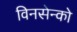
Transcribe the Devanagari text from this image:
विनसेन्को